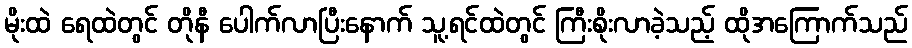
မိုးထဲ ရေထဲတွင် တိုနီ ပေါက်လာပြီးနောက် သူ့ရင်ထဲတွင် ကြီးစိုးလာခဲ့သည့် ထိုအကြောက်သည်